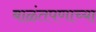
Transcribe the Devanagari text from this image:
बाळंतपणाच्या